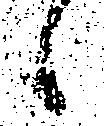
候